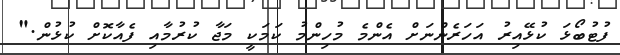
ފުޓުބޯޅަ ކުޅޭއިރު އަހަރެންނަށް އެންމެ މުހިންމު ކަމަކީ މަޖާ ކުރުމާއި ފެއާކޮށް ކުޅުން."